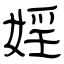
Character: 婬